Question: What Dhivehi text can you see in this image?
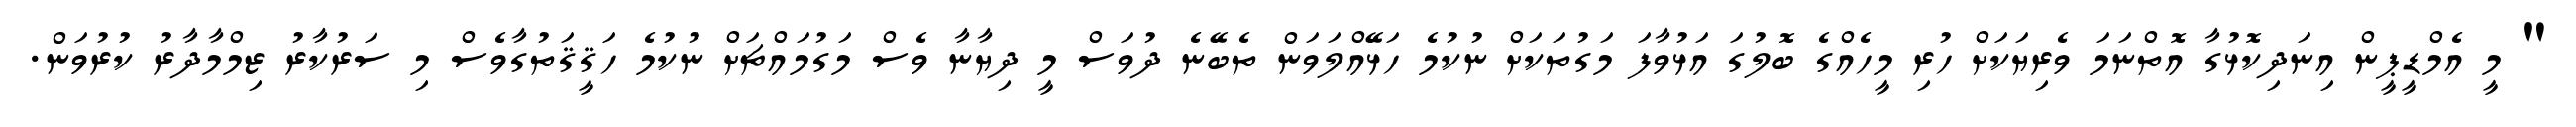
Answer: " މީ އެމްޑީޕީން އިނަދިކޮޅުގާ އޮތްނަމަ ވެރިޔަކަށް ހުރި މީހެއްގެ ބޮލުގަ އަޅުވާފަ މަގުތަކަށް ނުކުމެ ހަޅޭއްލަވަން ތެބޭނެ ދުވަސް މީ ދިޔާނާ ވެސް މަގުމައްޗަށް ނުކުމެ ހަޤީޤަތުގާވެސް މި ސަރުކާރު ޒިމްމާދާރު ކުރުވަން.